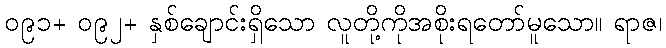
၀၉၁+ ၀၉၂+ နှစ်ချောင်းရှိသော လူတို့ကိုအစိုးရတော်မူသော။ ရာဇ၊